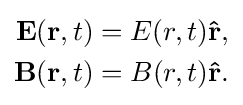
{\begin{aligned}\mathbf {E} (\mathbf {r} ,t)&=E(r,t)\mathbf {\hat {r}} ,\\\mathbf {B} (\mathbf {r} ,t)&=B(r,t)\mathbf {\hat {r}} .\end{aligned}}